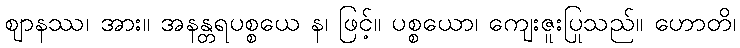
ဈာနဿ၊ အား။ အနန္တရပစ္စယေ န၊ ဖြင့်။ ပစ္စယော၊ ကျေးဇူးပြုသည်။ ဟောတိ၊